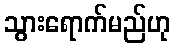
သွားရောက်မည်ဟု